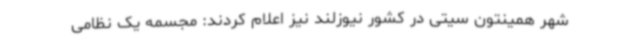
شهر همینتون سیتی در کشور نیوزلند نیز اعلام کردند: مجسمه یک نظامی